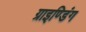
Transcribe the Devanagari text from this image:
ग्राइण्डिंग